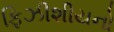
ફિઝીશીયનો